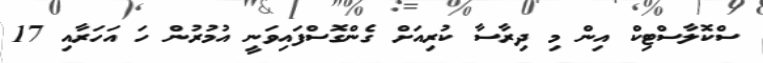
ސްކޮލާސްޓިކް އިން މި ދިރާސާ ކުރިއަށް ގެންގޮސްފައިވަނީ އުމުރުން ހަ އަހަރާއި 17